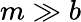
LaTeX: m\gg b